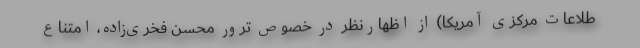
طلاعات مرکزی آمریکا) از اظهارنظر در خصوص ترور محسن فخری‌زاده، امتناع